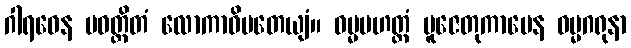
ဂါရဝေန ပဝတ္တိတံ လောကာဓိပတေယျံ။ ဓမ္မမဟတ္တံ ပူဇေတုကာမေန ဓမ္မဂရုနာ